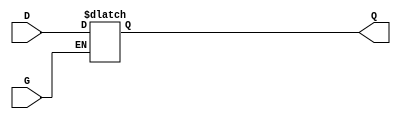
module GatedTransparentLatch (
    input wire D,   // Data input
    input wire G,   // Gate/Enable signal
    output reg Q    // Output
);

// Always block for level-sensitive behavior
always @(*) begin
    if (G) begin
        // When G is high, pass the value of D to Q
        Q = D;
    end
    // When G is low, the latch retains its last value of Q
end

endmodule